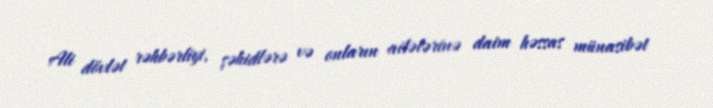
Ali dövlət rəhbərliyi, şəhidlərə və onların ailələrinə daim həssas münasibət